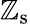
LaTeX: \mathbb{Z}_{\mathrm{{s}}}